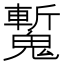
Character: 𩴕